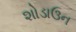
શોડાઉન